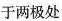
于两极处